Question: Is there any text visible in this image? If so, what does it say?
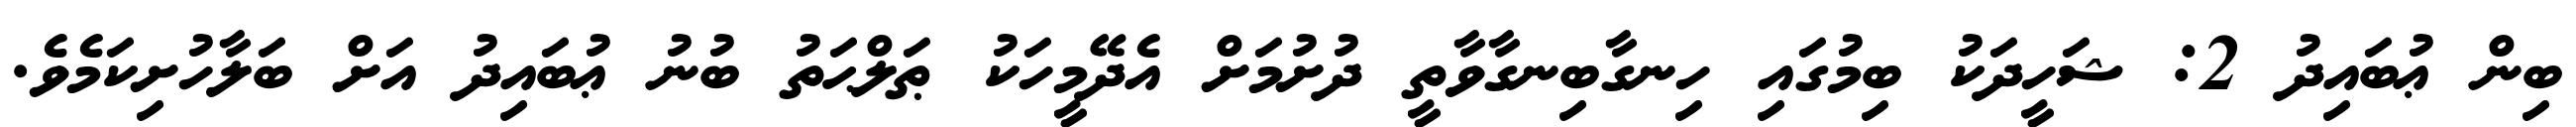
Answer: ބިން ޢުބައިދު 2: ޝަހީދަކު ބިމުގައި ހިނގާބިނގާވާތީ ދުށުމަށް އެދޭމީހަކު ޠަލްޙަތު ބުނު ޢުބައިދު އަށް ބަލާހުށިކަމެވެ.